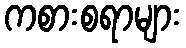
ကစားစရာများ